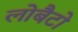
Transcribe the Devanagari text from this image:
लोबैटो